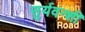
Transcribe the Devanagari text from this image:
सुर्यवन्शी